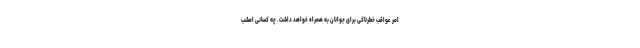
امر عواقب خطرناکی برای جوانان به همراه خواهد داشت. چه کسانی امشب